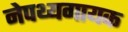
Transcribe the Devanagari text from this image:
नेपथ्यगायक